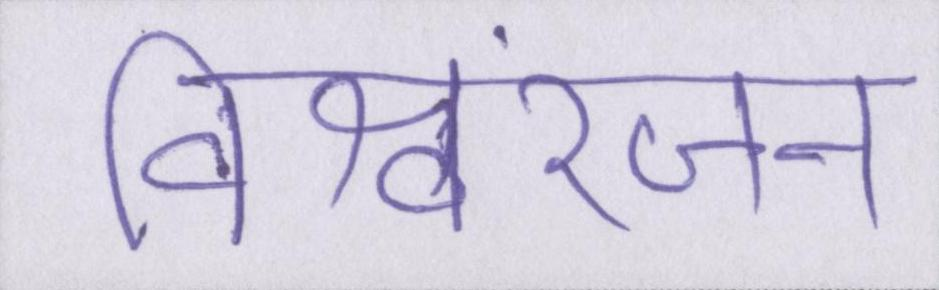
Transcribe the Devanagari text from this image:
विश्वरंजन